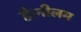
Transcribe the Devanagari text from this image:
है।नीलम